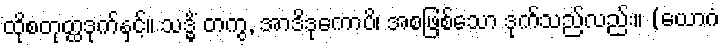
ထိုစတုတ္ထဒုက်နှင့်။ သဒ္ဓိံ တကွ, အာဒိဒုကောပိ၊ အစဖြစ်သော ဒုက်သည်လည်း။ (ယောဂံ